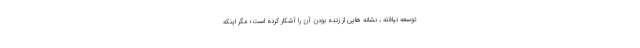
توسعه نیافته ، نشانه هايي از زنده بودن آن را آشکار كرده است؛ مگر اینکه